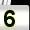
Digit: 5